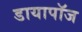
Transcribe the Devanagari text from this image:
डायापॉज